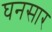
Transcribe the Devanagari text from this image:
घनसार